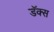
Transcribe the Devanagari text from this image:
डॅक्स